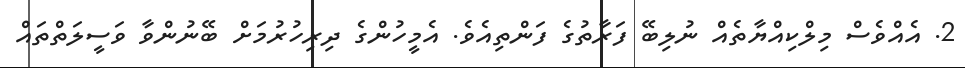
2. އެއްވެސް މިލްކިއްޔާތެއް ނުލިބޭ ފަރާތުގެ ފަންތިއެވެ. އެމީހުންގެ ދިރިހުރުމަށް ބޭނުންވާ ވަސީލަތްތައް